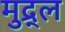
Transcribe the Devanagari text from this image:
मुद्र्ल